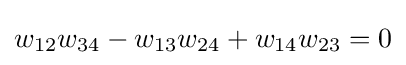
w_{12}w_{34}-w_{13}w_{24}+w_{14}w_{23}=0